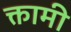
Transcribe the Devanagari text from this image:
क्तामी